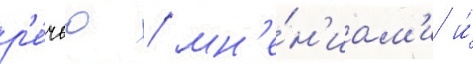
р'е́чью / мн'е́н'иам'и и́